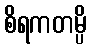
စိရကတမ္ပိ